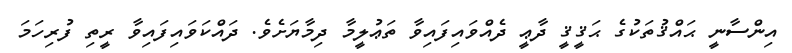
އިންސާނީ ޙައްޤުތަކުގެ ޙަޤީޤީ ދާޢީ ދެއްވައިފައިވާ ތަޢުލީމާ ދިމާޔަށެވެ. ދައްކަވައިފައިވާ ރީތި ފުރިހަމަ